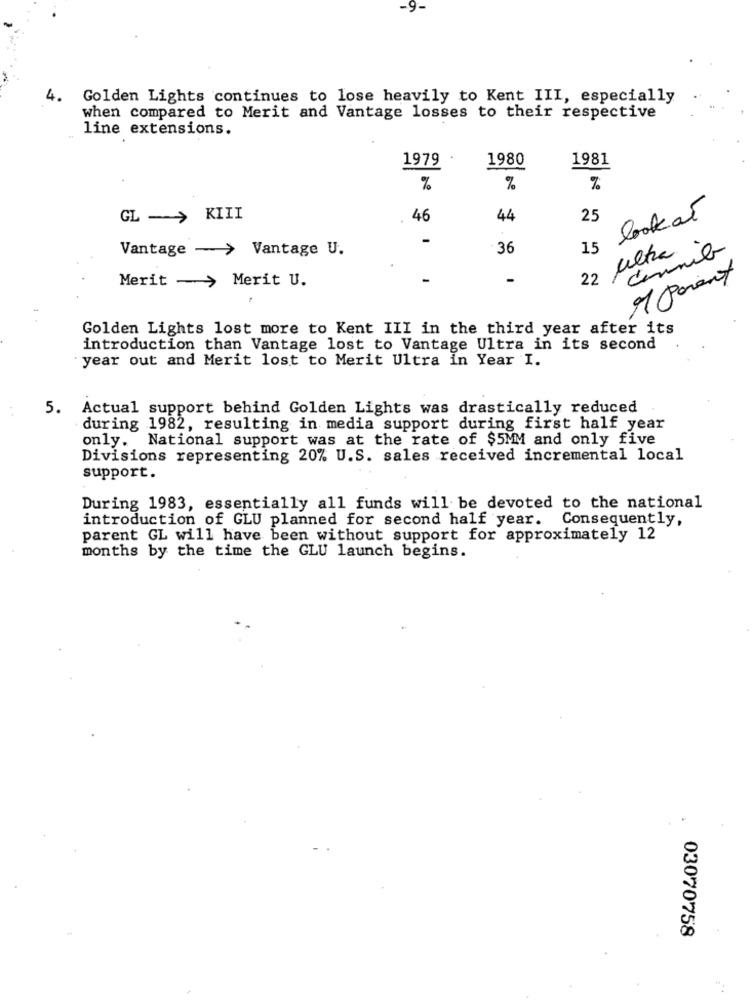
-9-
4. Golden Lights continues to lose heavily to Kent III, especially
when compared to Merit and Vantage losses to their respective
line extensions.
1979
1980
1981
%
%
%
GL -> KIII
46
44
25
look at
Vantage - > Vantage U.
36
15
22 ultra
Merit - > Merit U.
1 Paient
Golden Lights lost more to Kent III in the third year after its
introduction than Vantage lost to Vantage Ultra in its second
year out and Merit lost to Merit Ultra in Year I.
5. Actual support behind Golden Lights was drastically reduced
during 1982, resulting in media support during first half year
only. National support was at the rate of $5MM and only five
Divisions representing 20% U.S. sales received incremental local
support.
During 1983, essentially all funds will be devoted to the national
introduction of GLU planned for second half year.
Consequently,
parent GL will have been without support for approximately 12
months by the time the GLU launch begins.
03070758